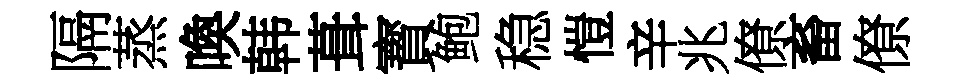
隔蒸喚韩葺寳鲍稳愷辛兆僚畜僚